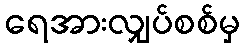
ရေအားလျှပ်စစ်မှ